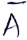
Text: A